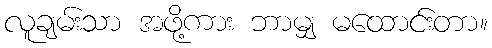
လူချမ်းသာ အဖို့ကား ဘာမျှ မထောင်းတာ။